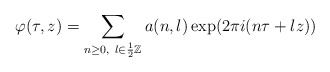
\begin{align*} \varphi(\tau,z)=\sum_{\substack{ n\geq 0,\ l\in \frac{1}{2}\Bbb Z}} a(n,l)\exp(2\pi i(n\tau+lz))\end{align*}